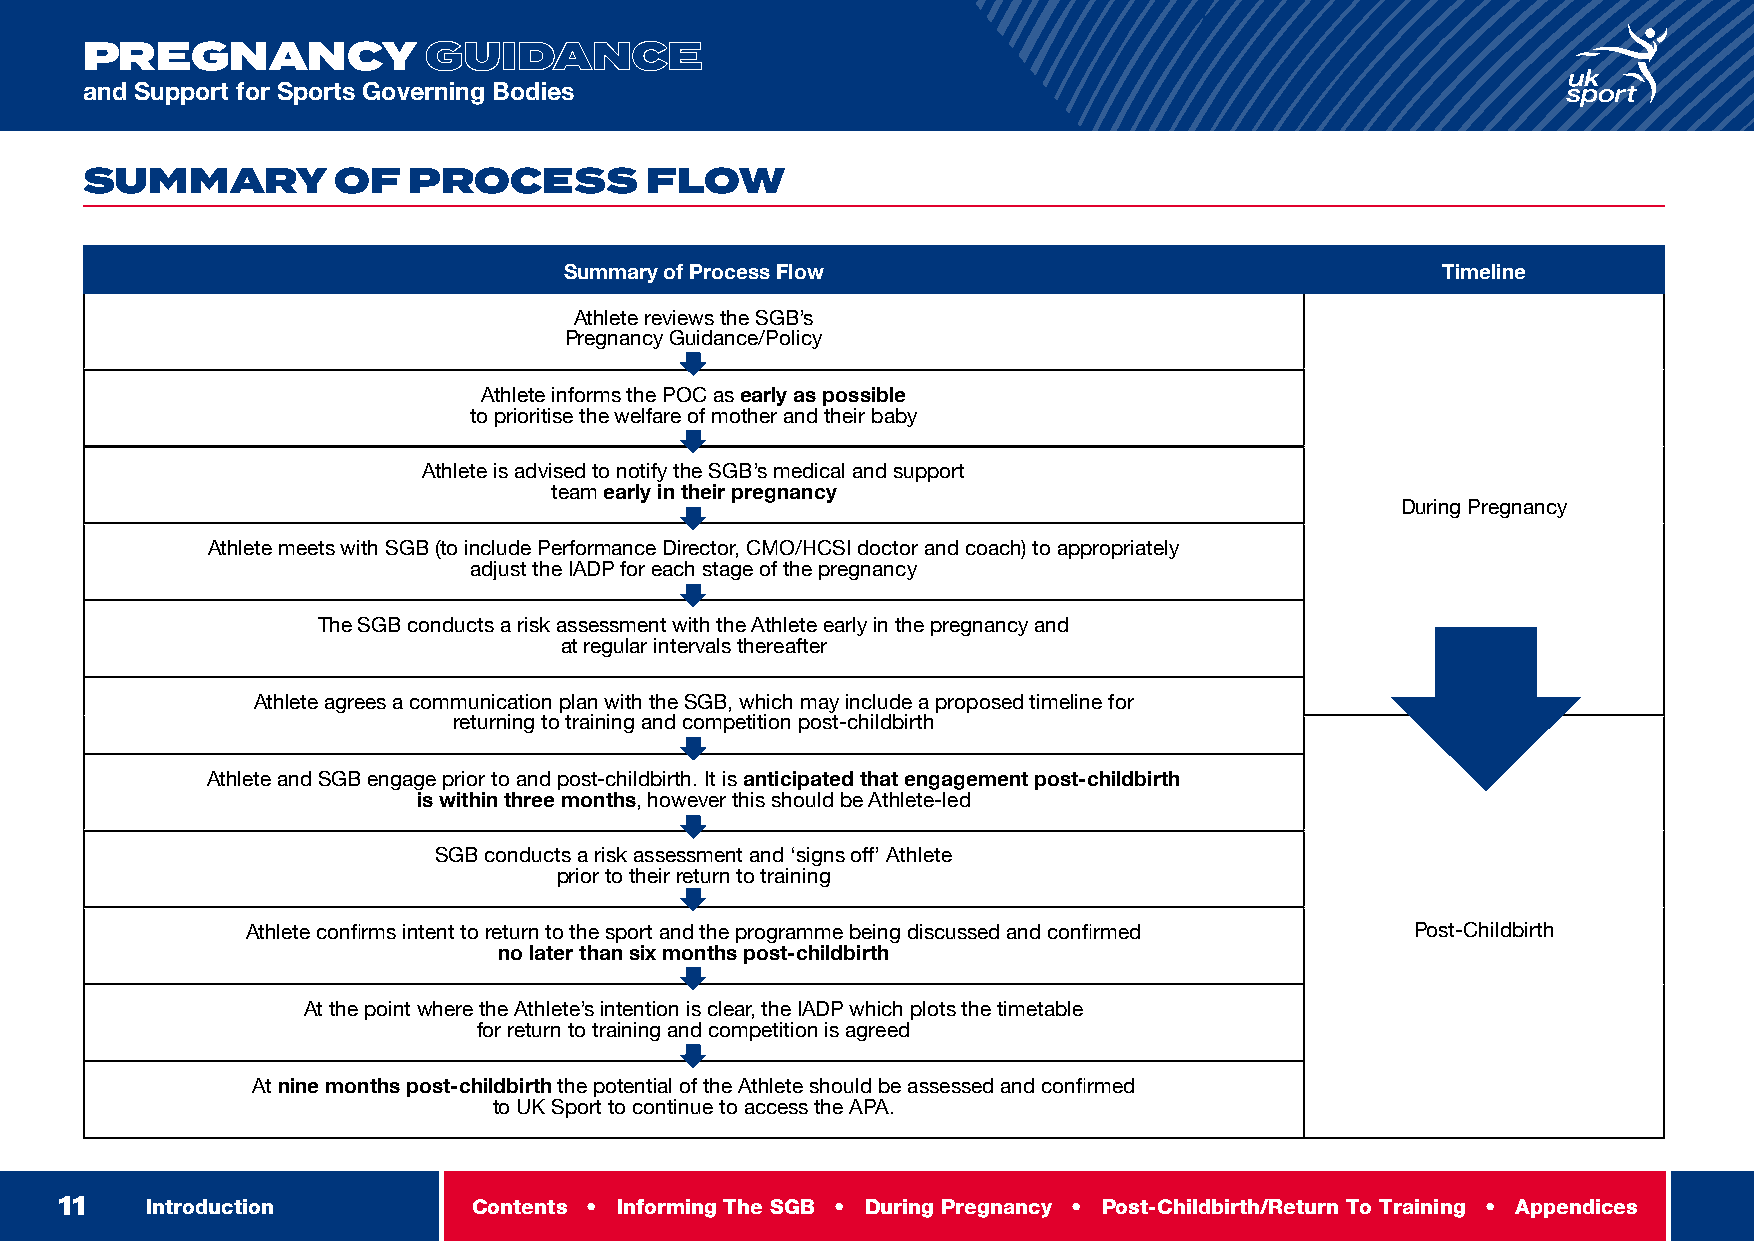
INTRODUCTION
 PREGNANCY              GUIDANCE
 and Support for Sports Governing Bodies
 SUMMARY          OF   PROCESS         FLOW
 Summary of Process Flow                                   Timeline
 Athlete reviews the SGB’s
 Pregnancy Guidance/Policy
 Athlete informs the POC as early as possible
 to prioritise the welfare of mother and their baby
 Athlete is advised to notify the SGB’s medical and support
 team early in their pregnancy
 During Pregnancy
 Athlete meets with SGB (to include Performance Director, CMO/HCSI doctor and coach) to appropriately
 adjust the IADP for each stage of the pregnancy
 The SGB conducts a risk assessment with the Athlete early in the pregnancy and
 at regular intervals thereafter
 Athlete agrees a communication plan with the SGB, which may include a proposed timeline for
 returning to training and competition post-childbirth
 Athlete and SGB engage prior to and post-childbirth. It is anticipated that engagement post-childbirth
 is within three months, however this should be Athlete-led
 SGB conducts a risk assessment and ‘signs off’ Athlete
 prior to their return to training
 Athlete confirms intent to return to the sport and the programme being discussed and confirmed Post-Childbirth
 no later than six months post-childbirth
 At the point where the Athlete’s intention is clear, the IADP which plots the timetable
 for return to training and competition is agreed
 At nine months post-childbirth the potential of the Athlete should be assessed and confirmed
 to UK Sport to continue to access the APA.
 11    Introduction         Contents • Informing The SGB • During Pregnancy • Post-Childbirth/Return To Training • Appendices